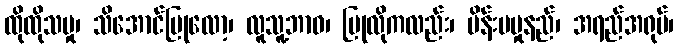
ထိုထိုသမှု၊ သိအောင်ပြုလော့၊ လူသူ့ဘာဝ၊ ပြုလိုကလည်း၊ မိန်းမမှုနည်၊ အရည်အရုပ်၊